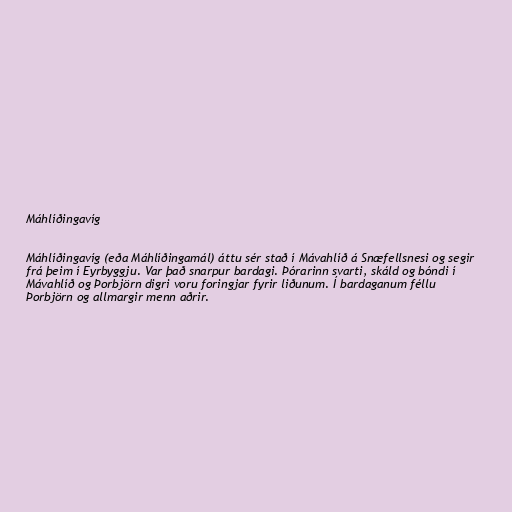
Máhlíðingavíg

Máhlíðingavíg (eða Máhlíðingamál) áttu sér stað í Mávahlíð á Snæfellsnesi og segir
frá þeim í Eyrbyggju. Var það snarpur bardagi. Þórarinn svarti, skáld og bóndi í
Mávahlíð og Þorbjörn digri voru foringjar fyrir liðunum. Í bardaganum féllu
Þorbjörn og allmargir menn aðrir.